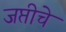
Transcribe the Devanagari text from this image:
जप्तीचे